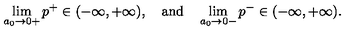
\lim _ { a _ { 0 } \to 0 + } p ^ { + } \in ( - \infty , + \infty ) , \quad \mathrm { a n d } \quad \lim _ { a _ { 0 } \to 0 - } p ^ { - } \in ( - \infty , + \infty ) .